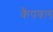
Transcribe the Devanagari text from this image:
कैंपबल